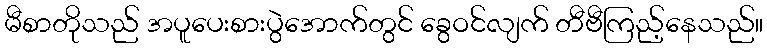
မီစာတိုသည် အပူပေးစားပွဲအောက်တွင် ခွေဝင်လျက် တီဗီကြည့်နေသည်။